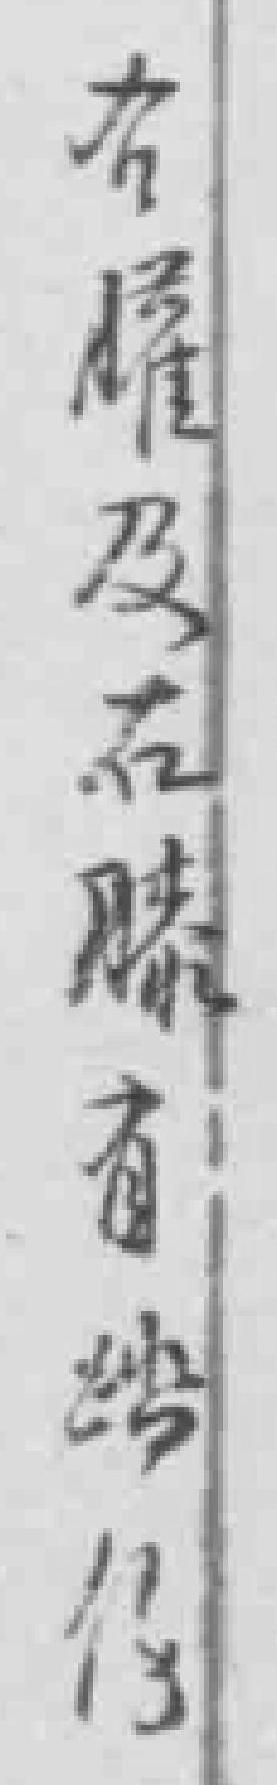
右*及右膝有踏傷